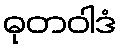
ဓုတဝါဒံ